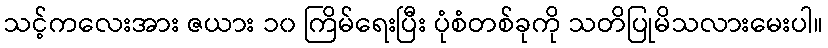
သင့်ကလေးအား ဇယား ၁၀ ကြိမ်ရေးပြီး ပုံစံတစ်ခုကို သတိပြုမိသလားမေးပါ။